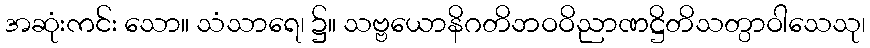
အဆုံးကင်း သော။ သံသာရေ၊ ၌။ သဗ္ဗယောနိဂတိဘဝဝိညာဏဋ္ဌိတိသတ္ပာဝါသေသု၊